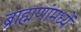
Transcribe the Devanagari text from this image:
ब्राह्मणांमध्यें